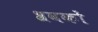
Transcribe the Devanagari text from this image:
श्रवकों